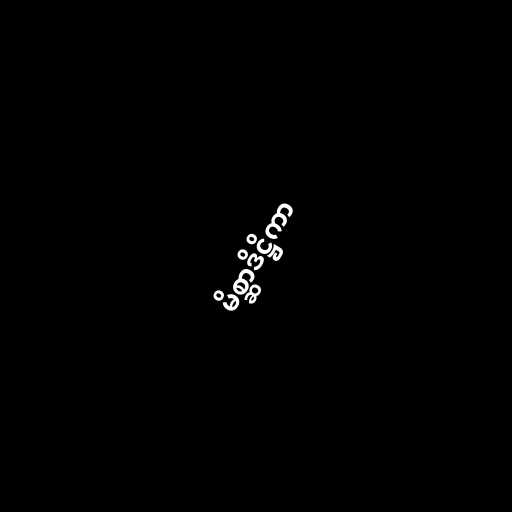
မိစ္ဆာဒိဋ္ဌိကာ